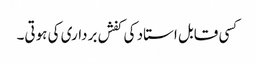
کسی قابل استاد کی کفش برداری کی ہوتی۔